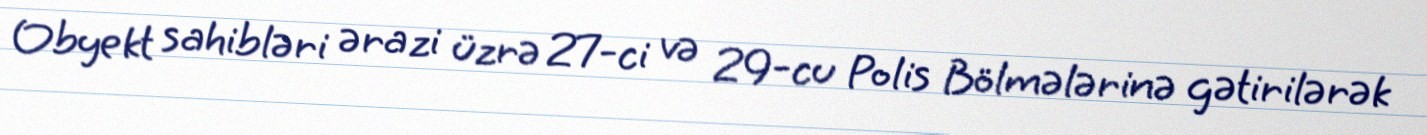
Obyekt sahibləri ərazi üzrə 27-ci və 29-cu Polis Bölmələrinə gətirilərək